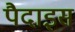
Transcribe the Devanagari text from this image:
पैदाइस